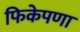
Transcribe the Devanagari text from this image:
फिकेपणा